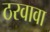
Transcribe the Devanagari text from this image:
ठरवावा